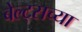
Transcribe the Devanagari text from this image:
बेल्ट्सच्या